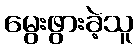
မွေးဖွားခဲ့သူ